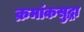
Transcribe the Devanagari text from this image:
क्रमांकसुद्धा